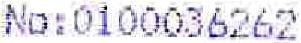
NO:0100036262